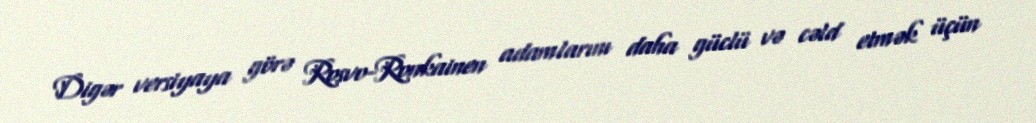
Digər versiyaya görə Rosvo-Ronkainen adamlarını daha güclü və cəld etmək üçün